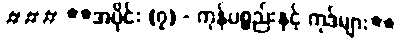
### **အပိုင်း (၇) - ကုန်ပစ္စည်းနှင့် ကုဒ်များ**